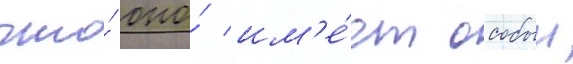
что́ оно́ им'е́ет особыи